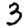
Digit: 3